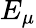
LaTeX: E_{\mu}